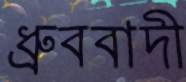
ধ্রুববাদী